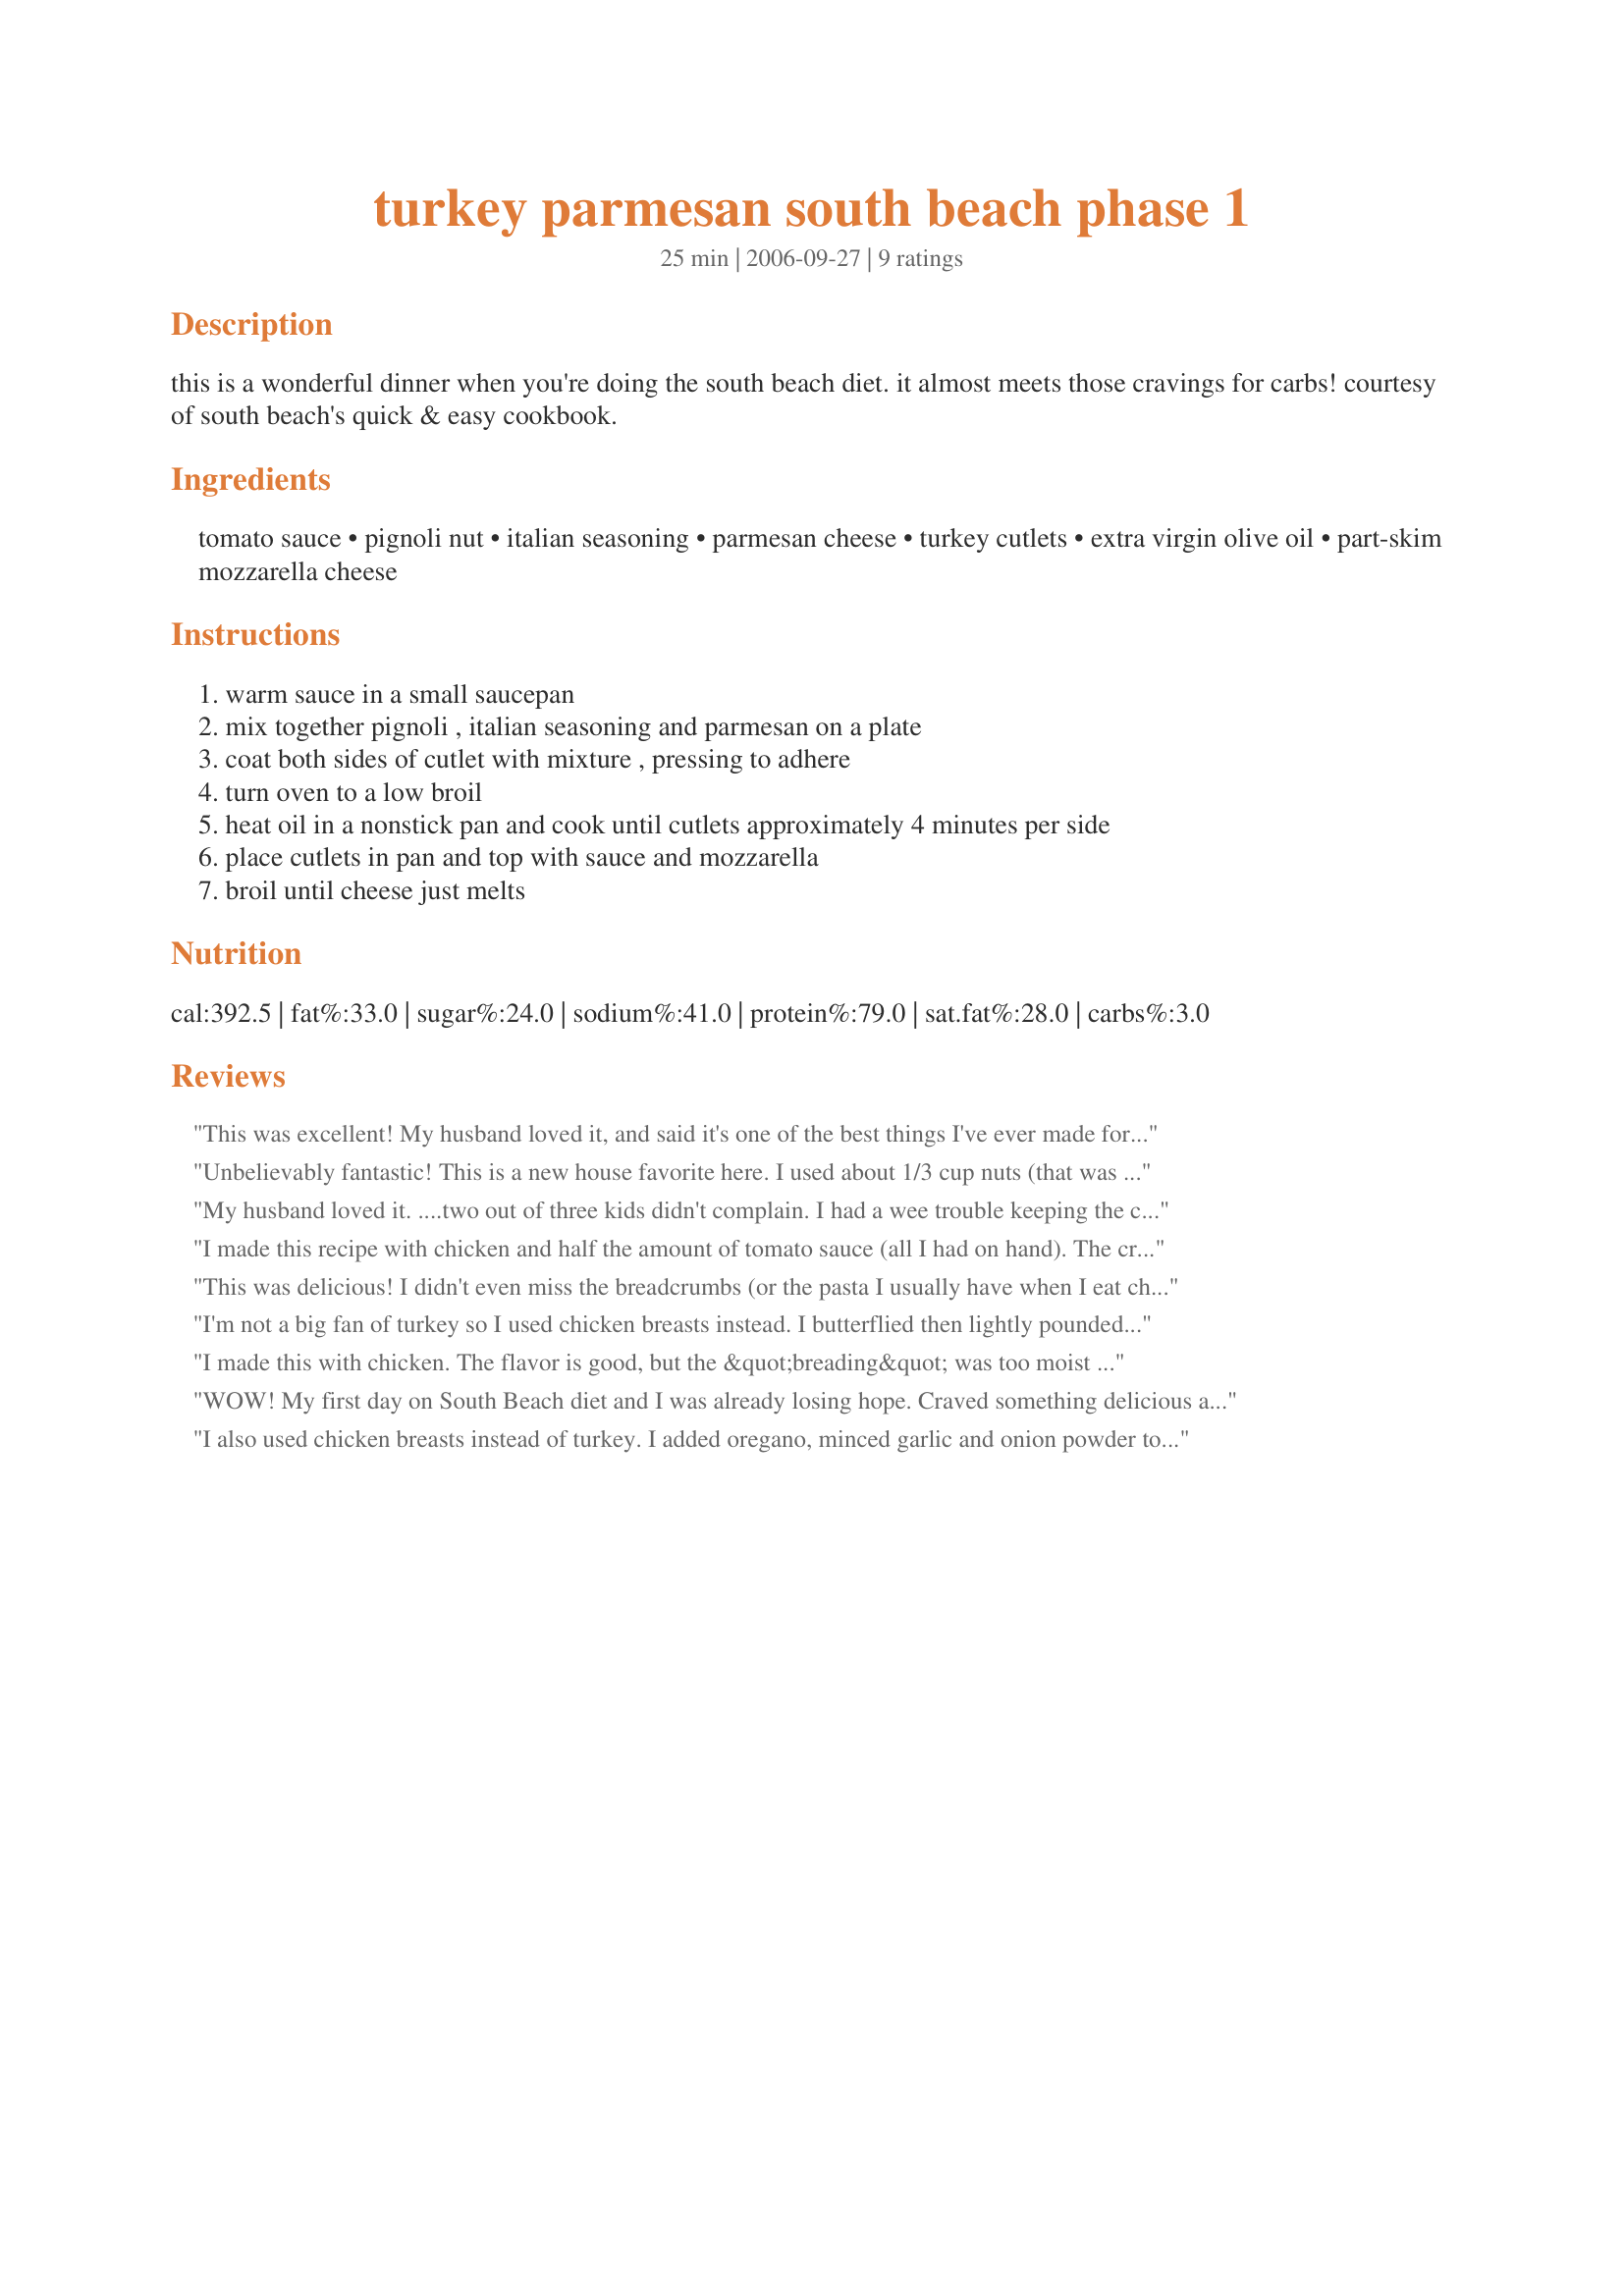
turkey parmesan south beach phase 1
Preparation time: 25 minutes

this is a wonderful dinner when you're doing the south beach diet. it almost meets those cravings for carbs! courtesy of south beach's quick & easy cookbook.

Ingredients:
tomato sauce, pignoli nut, italian seasoning, parmesan cheese, turkey cutlets, extra virgin olive oil, part-skim mozzarella cheese

Steps:
warm sauce in a small saucepan
mix together pignoli , italian seasoning and parmesan on a plate
coat both sides of cutlet with mixture , pressing to adhere
turn oven to a low broil
heat oil in a nonstick pan and cook until cutlets approximately 4 minutes per side
place cutlets in pan and top with sauce and mozzarella
broil until cheese just melts

Reviews:
This was excellent! My husband loved it, and said it's one of the best things I've ever made for him. :) So good and easy!
Unbelievably fantastic! This is a new house favorite here. I used about 1/3 cup nuts (that was the amount in the package) and it was plenty. Cooked as per instructions otherwise and it was so simple and quick.
My husband loved it. ....two out of three kids didn't complain. I had a wee trouble keeping the crust on, but the crust that was on, was marvie! ****I used chicken as well, as it's what I had on hand! Going in the three-ring binder of repeatable meals!
I made this recipe with chicken and half the amount of tomato sauce (all I had on hand). The crust is absolutely delicious, and having less tomato sauce worked perfectly. (I'll make it that way from now on.) It was the best chicken parmesan I've ever had!
This was delicious! I didn't even miss the breadcrumbs (or the pasta I usually have when I eat chicken parm). Thank you so much for sharing. I used chicken, since that's what I had on hand. Also, I dredged the chicken in egg first, which helped the "breading" stick to the chicken. This will definitely be a go-to recipe!
I'm not a big fan of turkey so I used chicken breasts instead. I butterflied then lightly pounded out my chicken breasts so that they would cook more evenly. The pine nut coating was very tasty on its own but did not stick to the chicken very well and most of it fell off during the frying. I think next time I would coat it and spray it with some cooking spray then bake it instead of frying both to keep the crust on and save on fat and calories. The tomato sauce alone was very bland. Definitely needed some seasoning. Overall pretty good and something to build on.
I made this with chicken. The flavor is good, but the &quot;breading&quot; was too moist and did not stick to the chicken. Next time I make chicken parmesan, I&#039;ll just use my old recipe for my hubby and omit the breading for me.
WOW! My first day on South Beach diet and I was already losing hope. Craved something delicious and hearty all day then found this and made it for dinner based on the reviews. AMAZING! Think I'm going to make it every day during phase 1 and beyond! My husband, who is not on the diet (and a wonderful cook, btw) ate it and said, "wow, this is better than anything I've ever cooked, let's have it very very often!" I used chicken breast instead of turkey and no parmesan since I didn't have either and it still turned out absolutely scrumptious! Had a hard time with the crust sticking but it still tasted delicious all mixed into the sauce. Can't wait to make this again for dinner tonight! Thank you!
I also used chicken breasts instead of turkey. I added oregano, minced garlic and onion powder to my tomato sauce and that made the sauce better than just plain tomato sauce. This recipe was very yummy and my picky hubby commentedbonbhiw good the chicken was!
